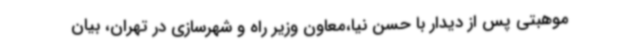
موهبتی پس از دیدار با حسن نیا،معاون وزیر راه و شهرسازی در تهران، بیان